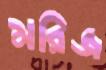
মরিজ